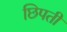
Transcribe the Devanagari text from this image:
छिपती